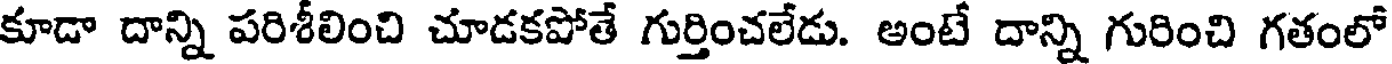
కూడా దాన్ని పరిశీలించి చూడకపోతే గుర్తించలేడు. అంటే దాన్ని గురించి గతంలో